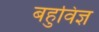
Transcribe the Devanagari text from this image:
बहुविज्ञ